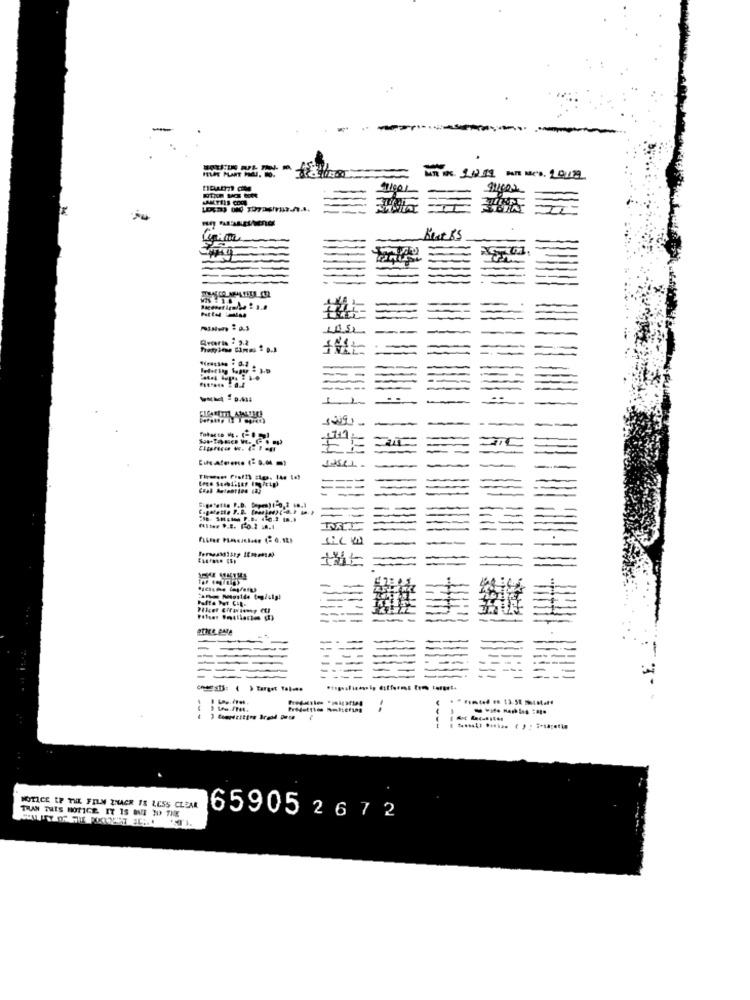
Arteria = 5.2
-----
Cual Antestien La)
----
filter P.E. Fo.3 1.1
THAN THIS NOTICE. IT IS ONE TO THE
NOTICE OF THE FILM ZNACR IS LESS CLEAR
65905 2672